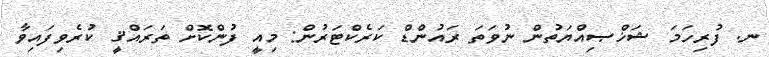
ނ. ފުރިހަމަ ޝަޚްޞިއްޔަތުން ނުވަތަ ރައުންޑް ކަރެކްޓަރުން: މިއީ ފުންކޮށް ތަރައްޤީ ކުރެވިފައިވާ